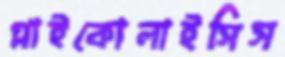
গ্লাইকোলাইসিস